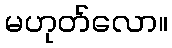
မဟုတ်လော။